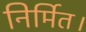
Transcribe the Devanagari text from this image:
निर्मित।